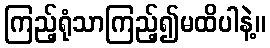
ကြည့်ရုံသာကြည့်၍မထိပါနဲ့။